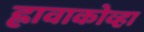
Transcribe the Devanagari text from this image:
ह्लावाकोव्हा